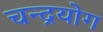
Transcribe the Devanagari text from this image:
चन्द्रयोग